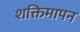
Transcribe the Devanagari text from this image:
शक्तिमापन